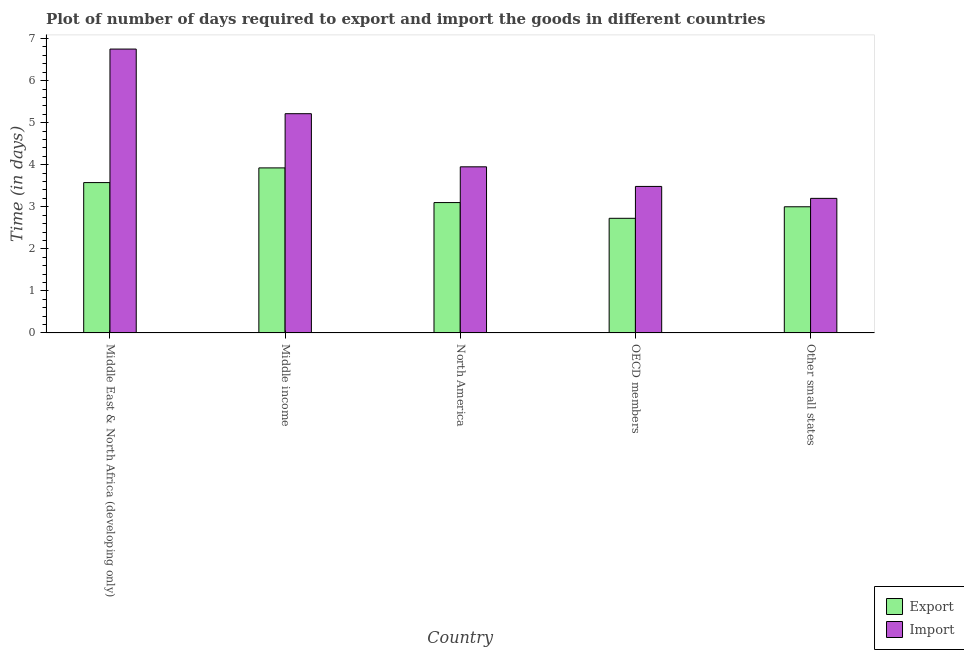
| Country | Export | Import |
 | --- | --- | --- |
 | Middle East & North Africa (developing only) | 3.58 | 6.75 |
 | Middle income | 3.92 | 5.21 |
 | North America | 3.1 | 3.95 |
 | OECD members | 2.73 | 3.48 |
 | Other small states | 3 | 3.2 |